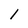
Character: I